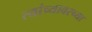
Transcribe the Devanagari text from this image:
त्यांच्यावरच्या